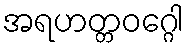
အရဟတ္တဝဂ္ဂေါ